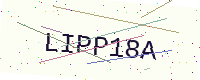
Text: LIPP18A